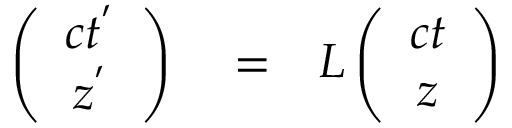
\begin{array} { r l r } { \left( \begin{array} { c c } { c t ^ { ' } } \\ { z ^ { ' } } \end{array} \right) } & { { } = } & { L \left( \begin{array} { c c } { c t } \\ { z } \end{array} \right) } \end{array}